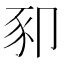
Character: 𰶥